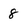
Character: 8